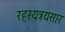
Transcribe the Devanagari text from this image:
रहस्यत्रयसार